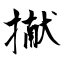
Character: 擜